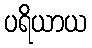
ပရိယာယ